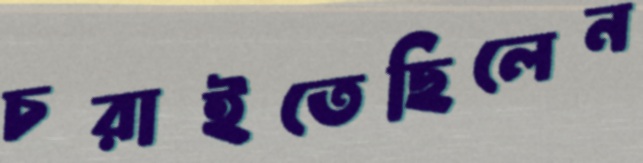
চরাইতেছিলেন